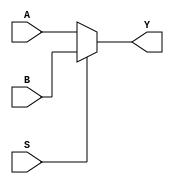
module mux2_13 (
    S,
    A,
    B,
    Y
);
  input S;
  input A, B;
  output reg Y;
  always @(*) Y = (S) ? B : A;
endmodule